Bulletin of the Pasteur Institute of Southern India, Coonoor - No. 3.
Year: 1910
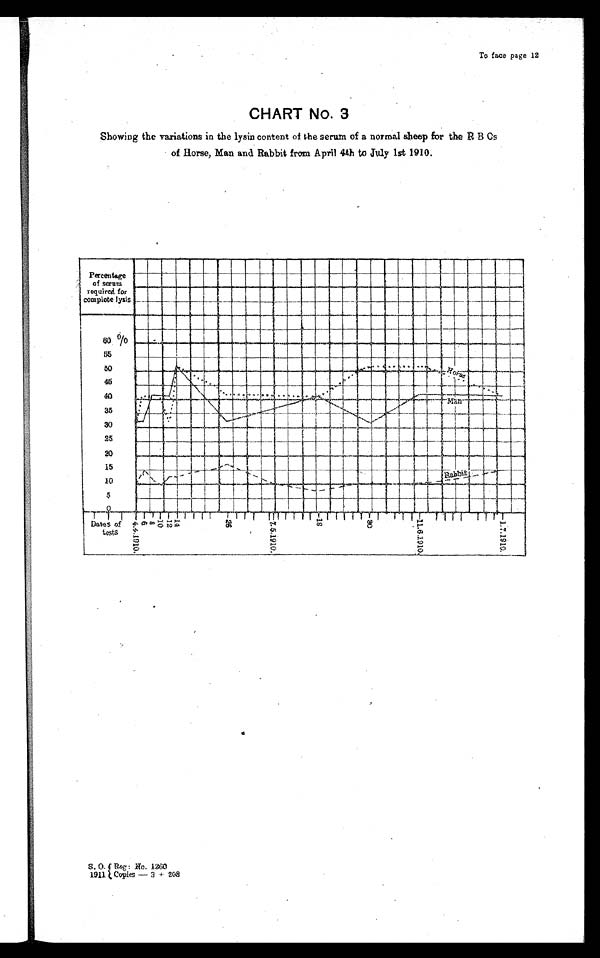
To face page 12
CHART No. 3
Showing the variations in the lysin content of the serum of a normal sheep for the B os
of Horse, Man and Rabbit from April 4th to July 1st 1910.